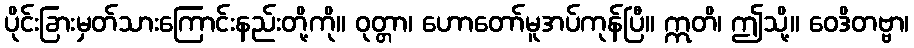
ပိုင်းခြားမှတ်သားကြောင်းနည်းတို့ကို။ ဝုတ္တာ၊ ဟောတော်မူအပ်ကုန်ပြီ။ ဣတိ၊ ဤသို့။ ဝေဒိတဗ္ဗာ၊